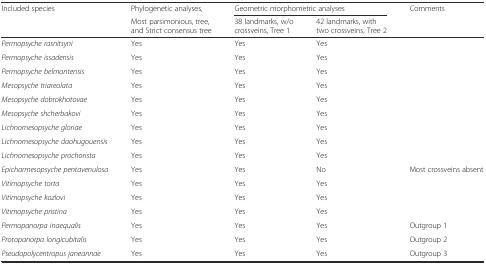
<table><thead><tr><td rowspan="2"><b>Included species</b></td><td><b>Phylogenetic analyses,</b></td><td colspan="2"><b>Geometric morphometric analyses</b></td><td><b>Comments</b></td></tr><tr><td><b>Most parsimonious, tree, and Strict consensus tree</b></td><td><b>38 landmarks, w/o crossveins, Tree 1</b></td><td><b>42 landmarks, with two crossveins, Tree 2</b></td><td></td></tr></thead><tbody><tr><td><i>Permopsyche rasnitsyni</i></td><td>Yes</td><td>Yes</td><td>Yes</td><td></td></tr><tr><td><i>Permopsyche issadensis</i></td><td>Yes</td><td>Yes</td><td>Yes</td><td></td></tr><tr><td><i>Permopsyche belmontensis</i></td><td>Yes</td><td>Yes</td><td>Yes</td><td></td></tr><tr><td><i>Mesopsyche triareolata</i></td><td>Yes</td><td>Yes</td><td>Yes</td><td></td></tr><tr><td><i>Mesopsyche dobrokhotovae</i></td><td>Yes</td><td>Yes</td><td>Yes</td><td></td></tr><tr><td><i>Mesopsyche shcherbakovi</i></td><td>Yes</td><td>Yes</td><td>Yes</td><td></td></tr><tr><td><i>Lichnomesopsyche gloriae</i></td><td>Yes</td><td>Yes</td><td>Yes</td><td></td></tr><tr><td><i>Lichnomesopsyche daohugouensis</i></td><td>Yes</td><td>Yes</td><td>Yes</td><td></td></tr><tr><td><i>Lichnomesopsyche prochorista</i></td><td>Yes</td><td>Yes</td><td>Yes</td><td></td></tr><tr><td><i>Epicharmesopsyche pentavenulosa</i></td><td>Yes</td><td>Yes</td><td>No</td><td>Most crossveins absent</td></tr><tr><td><i>Vitimopsyche torta</i></td><td>Yes</td><td>Yes</td><td>Yes</td><td></td></tr><tr><td><i>Vitimopsyche kozlovi</i></td><td>Yes</td><td>Yes</td><td>Yes</td><td></td></tr><tr><td><i>Vitimopsyche pristina</i></td><td>Yes</td><td>Yes</td><td>Yes</td><td></td></tr><tr><td><i>Permopanorpa inaequalis</i></td><td>Yes</td><td>Yes</td><td>Yes</td><td>Outgroup 1</td></tr><tr><td><i>Protopanorpa longicubitalis</i></td><td>Yes</td><td>Yes</td><td>Yes</td><td>Outgroup 2</td></tr><tr><td><i>Pseudopolycentropus janeannae</i></td><td>Yes</td><td>Yes</td><td>Yes</td><td>Outgroup 3</td></tr></tbody></table>